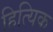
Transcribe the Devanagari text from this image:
हित्यिक